65_HS1-834228961_62-HQ-83894_Section_4
Agency: FBI
Page 122
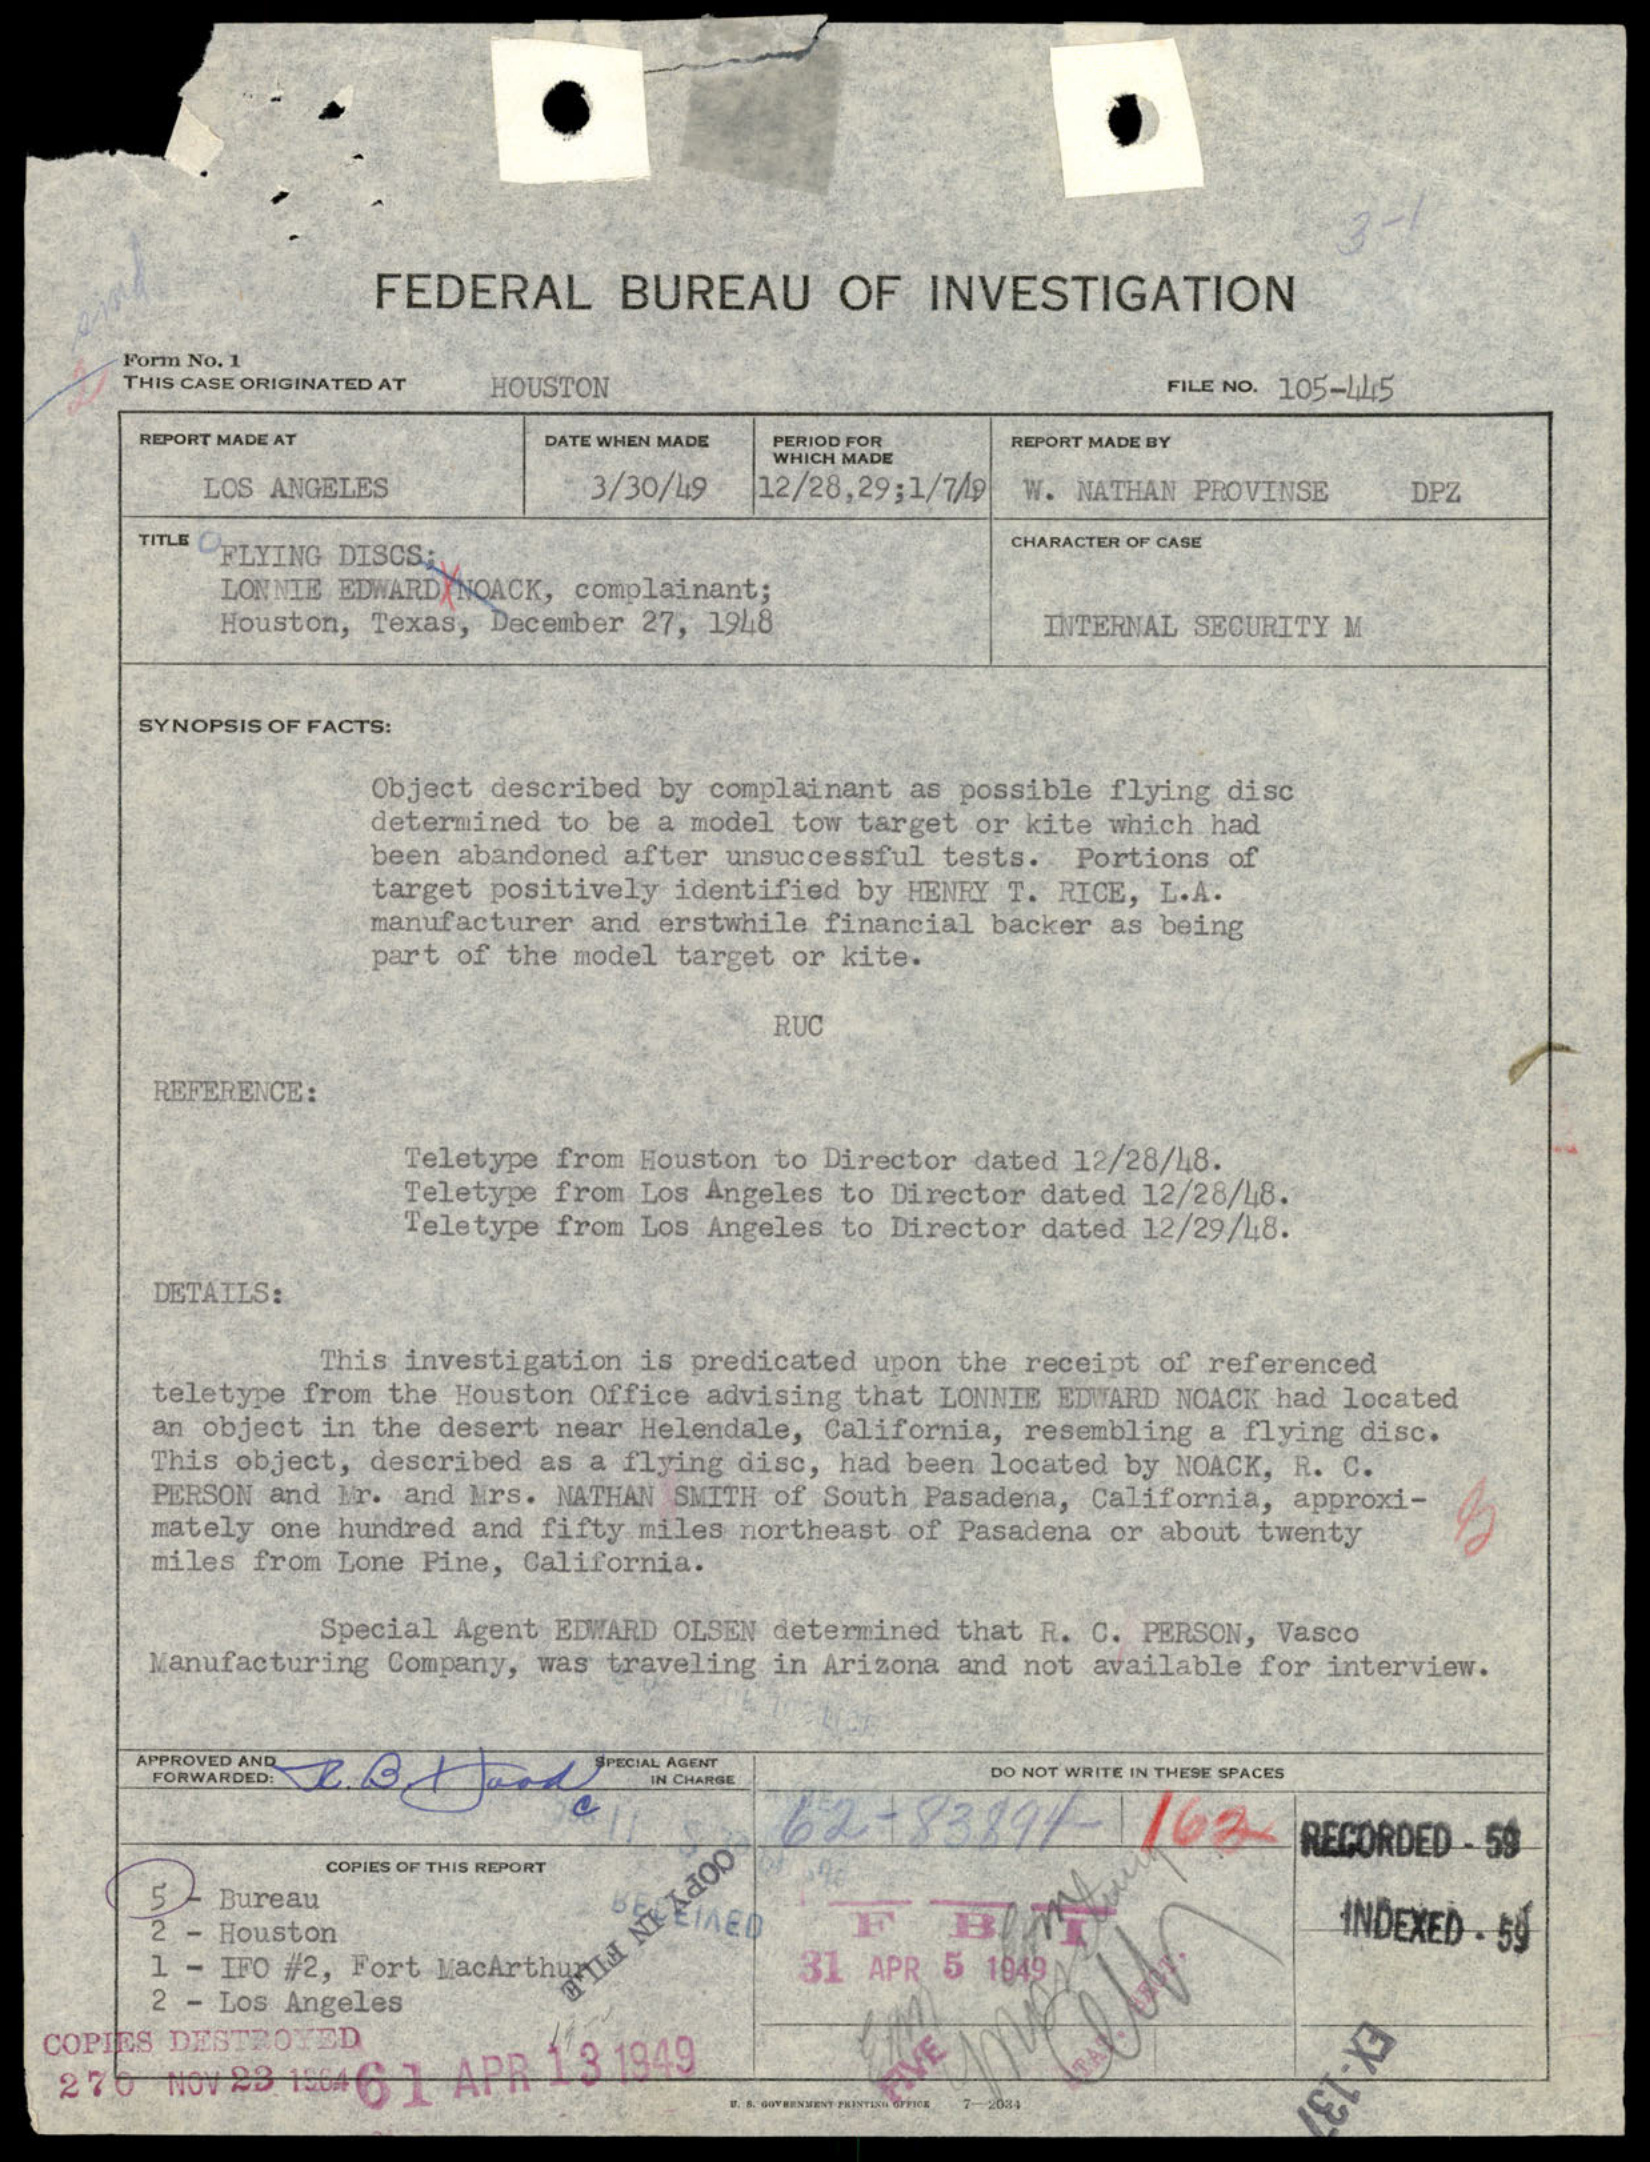